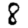
Digit: 8